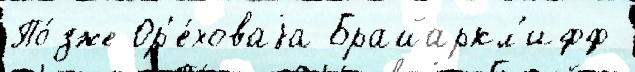
По́зже Ор'е́ховаjа Брайаркл'ифф